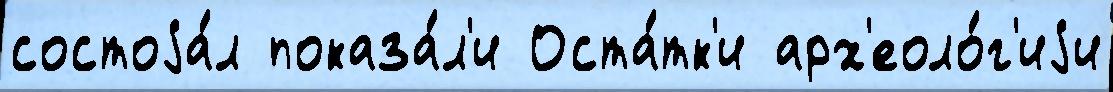
состоjа́л показа́л'и Оста́тк'и арх'еоло́г'иjи